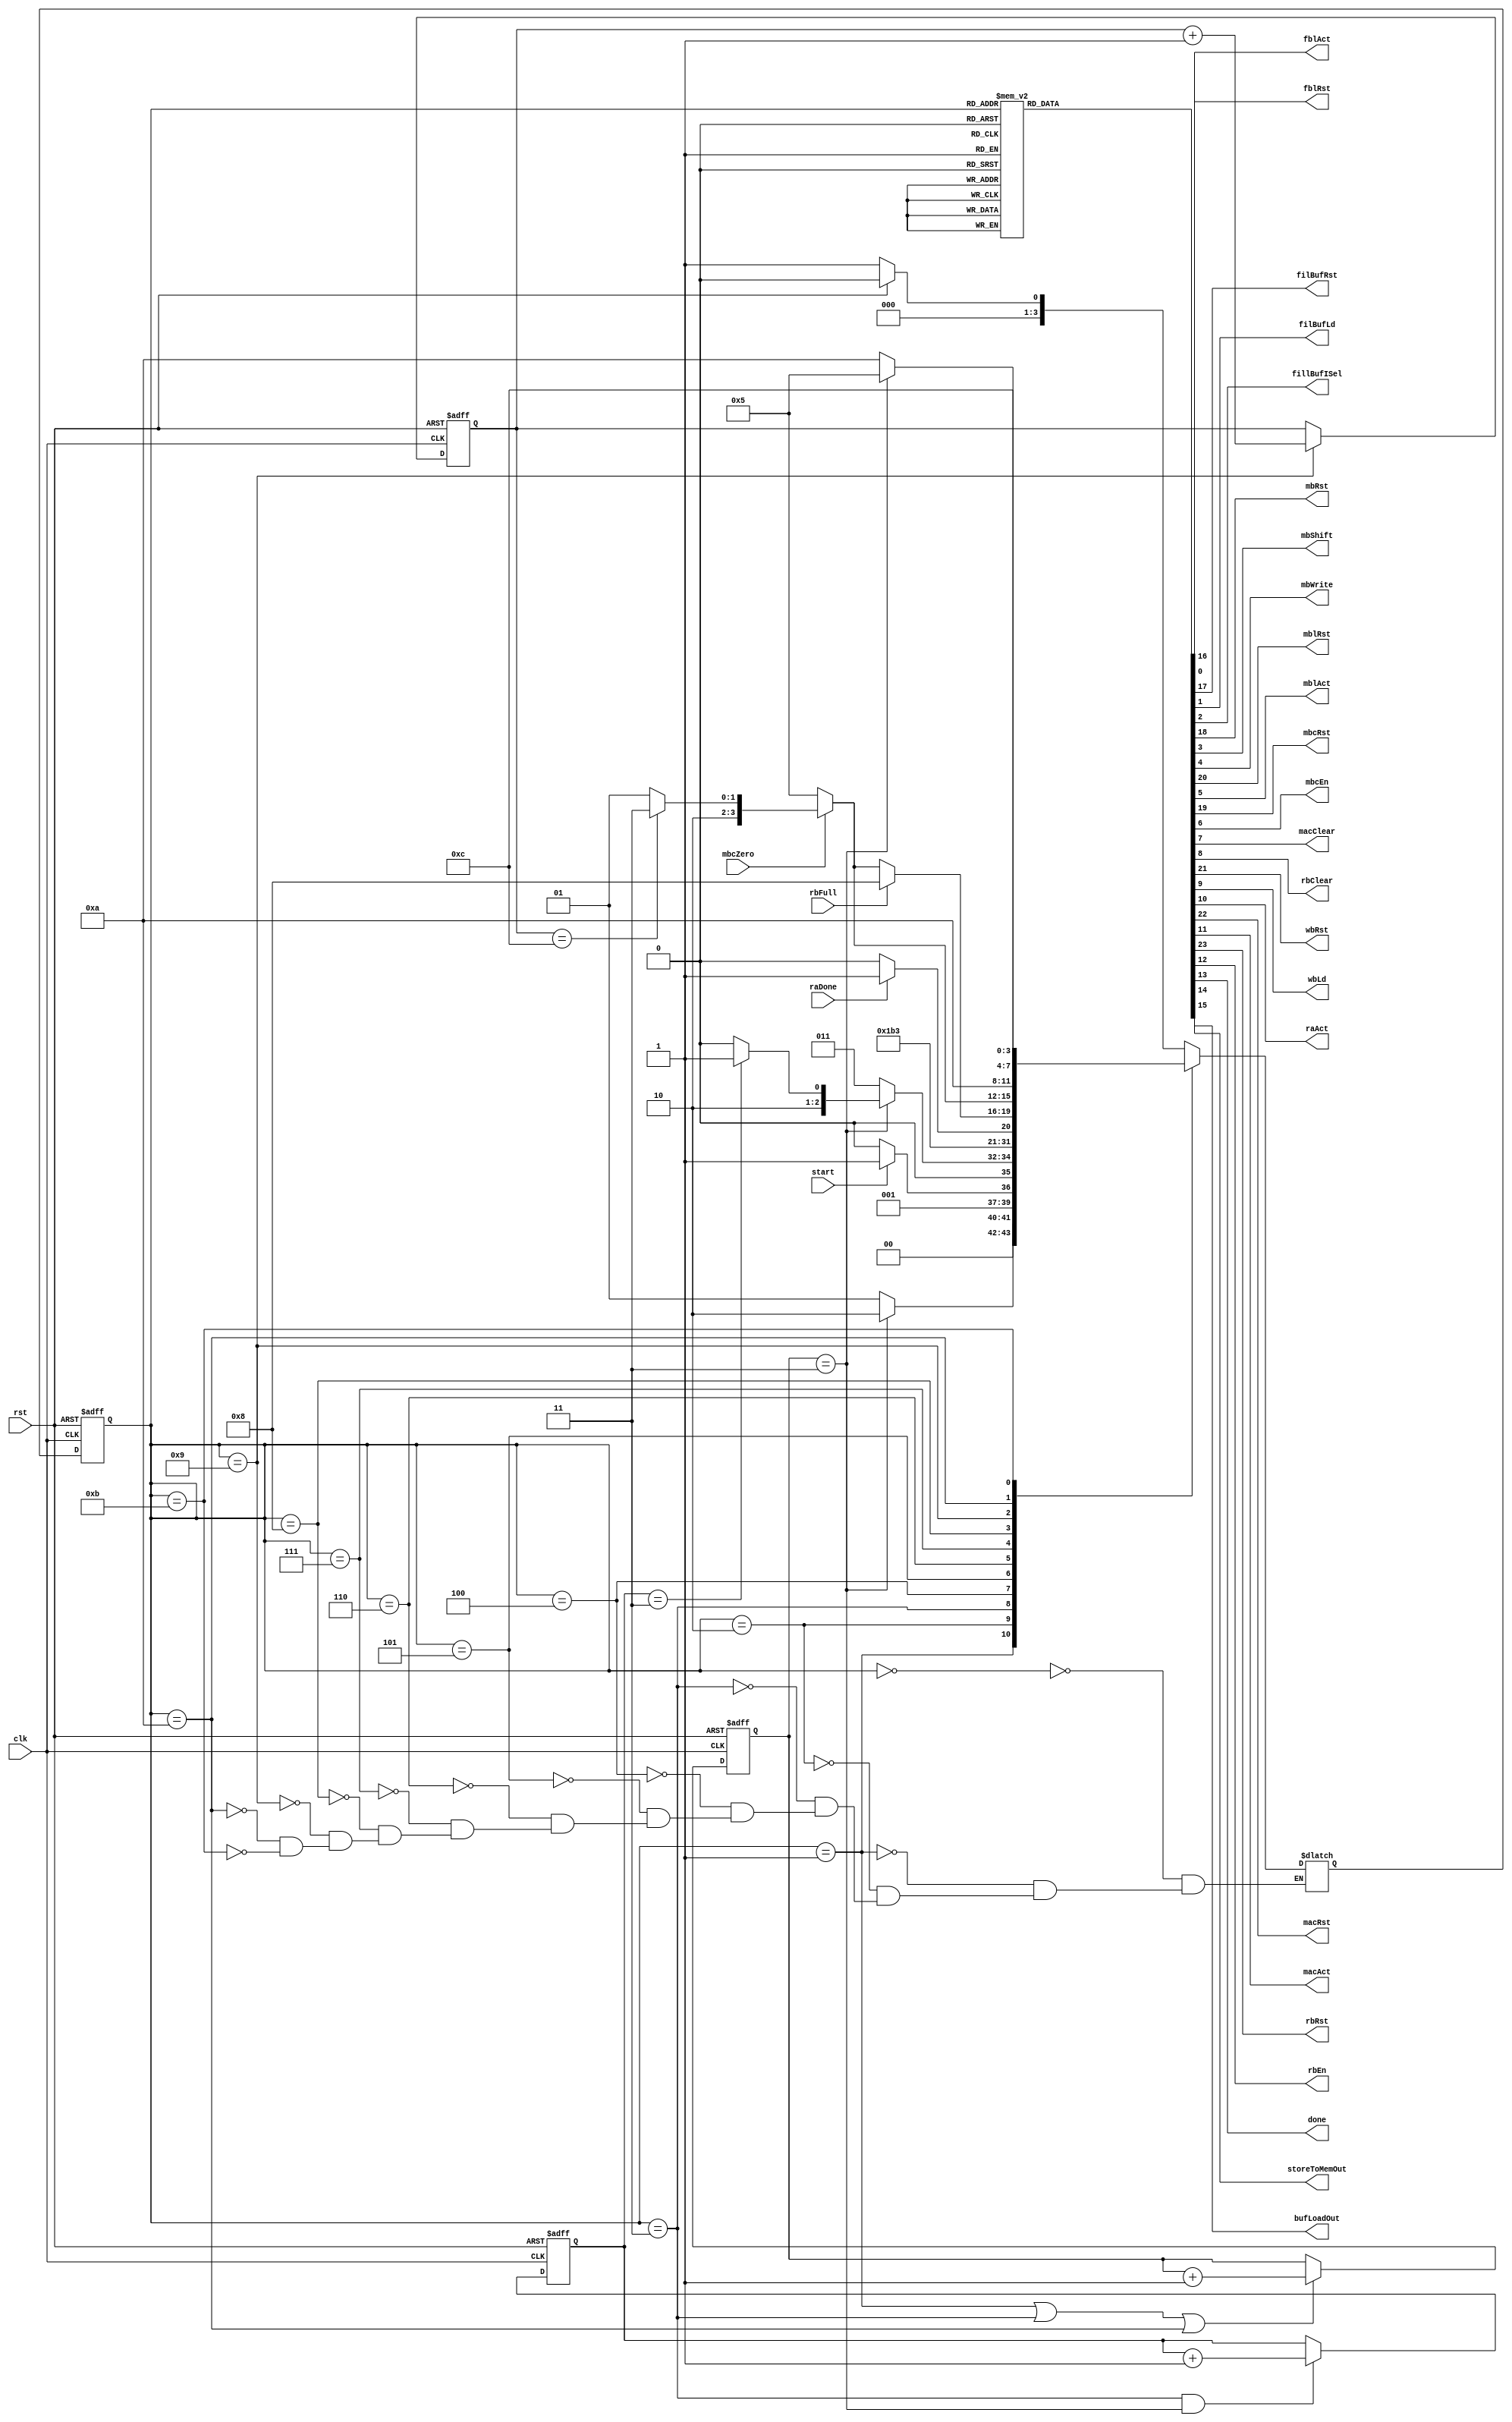
`define IDEL                4'd0
`define LOAD_FILTER         4'd1
`define WAIT                4'd2
`define INITIAL_BUFFER_LOAD 4'd3
`define INITIAL_SHIFT       4'd4
`define WINDOW_LOAD         4'd5 
`define CALC                4'd6
`define STORE_RES_BUF       4'd7
`define STORE_TO_MEM        4'd8
`define SHIFT_UPDATE        4'd9
`define BUFFER_LOAD_UPDATE  4'd10
`define LAST_STORING        4'd11
`define DONE                4'd12

module PE_Controller(
    clk, rst, start, mbcZero, raDone, rbFull,
    fblRst, fblAct, filBufRst, filBufLd, fillBufISel,
    mbRst, mbShift, mbWrite, mblRst, mblAct, mbcRst, mbcEn, macClear, rbClear,
    wbRst, wbLd, raAct, macRst, macAct, rbRst, rbEn, done, storeToMemOut, bufLoadOut
);

    input wire[0:0] clk, rst, start, mbcZero, raDone, rbFull;

    output reg[0:0] fblRst, fblAct, filBufRst, filBufLd, fillBufISel,
                    mbRst, mbShift, mbWrite, mblRst, mblAct, mbcRst, mbcEn, macClear, rbClear,
                    wbRst, wbLd, raAct, macRst, macAct, rbRst, rbEn, done, storeToMemOut, bufLoadOut;

    reg[3:0] ps, ns;
    reg[1:0] buffer_load_cnt, load_cnt;
    reg[3:0] update_cnt;

    always @(posedge clk, posedge rst) begin
        if(rst) begin 
            ps              <= `IDEL; 
            buffer_load_cnt <= 2'b0; 
            update_cnt      <= 4'b0;
            load_cnt        <= 2'b0;
        end
        else begin
            ps              <= ns;
            load_cnt        <= (ps == `LOAD_FILTER || ps == `INITIAL_BUFFER_LOAD || ps == `BUFFER_LOAD_UPDATE) ? load_cnt + 1 : load_cnt;
            buffer_load_cnt <= (ps == `INITIAL_BUFFER_LOAD && load_cnt == 2'd3) ? buffer_load_cnt + 1 : buffer_load_cnt;
            update_cnt      <= (ps == `SHIFT_UPDATE) ? update_cnt + 1 : update_cnt;
        end
    end

    always @(*) begin
        case(ps)
            `IDEL                : ns = (rst) ? `IDEL : `LOAD_FILTER;
            `LOAD_FILTER         : ns = (load_cnt == 2'd3) ? `WAIT : `LOAD_FILTER;
            `WAIT                : ns = (start) ? `INITIAL_BUFFER_LOAD : `WAIT;
            `INITIAL_BUFFER_LOAD : ns = (load_cnt == 2'd3) ? (buffer_load_cnt == 2'd3) ? `WINDOW_LOAD : `INITIAL_SHIFT : `INITIAL_BUFFER_LOAD;
            `INITIAL_SHIFT       : ns = `INITIAL_BUFFER_LOAD;
            `WINDOW_LOAD         : ns = `CALC;
            `CALC                : ns = (raDone) ? `STORE_RES_BUF : `CALC;
            `STORE_RES_BUF       : ns = (rbFull) ? `STORE_TO_MEM : (mbcZero) ? (update_cnt == 4'd12) ? `LAST_STORING : `SHIFT_UPDATE : `WINDOW_LOAD;
            `STORE_TO_MEM        : ns = (mbcZero) ? (update_cnt == 4'd12) ? `LAST_STORING : `SHIFT_UPDATE : `WINDOW_LOAD;
            `SHIFT_UPDATE        : ns = `BUFFER_LOAD_UPDATE;
            `BUFFER_LOAD_UPDATE  : ns = (load_cnt == 2'd3) ? `WINDOW_LOAD : `BUFFER_LOAD_UPDATE;
            `LAST_STORING        : ns = `DONE;
        endcase
    end

    always @(*) begin
        fblRst = 1'b0; fblAct = 1'b0; filBufRst = 1'b0; filBufLd = 1'b0; fillBufISel = 1'b0;
        mbRst = 1'b0; mbShift = 1'b0; mbWrite = 1'b0; mblRst = 1'b0; mblAct = 1'b0; mbcRst = 1'b0; mbcEn = 1'b0; rbClear = 1'b0;
        wbRst = 1'b0; wbLd = 1'b0; raAct = 1'b0; macRst = 1'b0; macAct = 1'b0; rbRst = 1'b0; rbEn = 1'b0; done = 1'b0; macClear = 1'b0;
        storeToMemOut = 1'b0; bufLoadOut = 1'b0;
        case(ps)
            `IDEL : begin
                fblRst    = 1'b1;
                filBufRst = 1'b1;
                mbRst     = 1'b1;
                mbcRst    = 1'b1;
                mblRst    = 1'b1;
                wbRst     = 1'b1;
                macRst    = 1'b1;
                rbRst     = 1'b1;
            end
            `LOAD_FILTER : begin
                fblAct       = 1'b1;
                filBufLd     = 1'b1;
                fillBufISel  = 1'b1;
            end
            `INITIAL_BUFFER_LOAD : begin
                bufLoadOut   = 1'b1;
                mbWrite      = 1'b1;
                mblAct       = 1'b1;
            end
            `INITIAL_SHIFT : begin
                mbShift = 1'b1;
            end
            `WINDOW_LOAD : begin
                wbLd  = 1'b1;
                mbcEn = 1'b1;
            end
            `CALC : begin
                raAct  = 1'b1;
                macAct = 1'b1;
            end
            `STORE_RES_BUF : begin
                rbEn     = 1'b1;
                macClear = 1'b1;
            end
            `STORE_TO_MEM : begin
                storeToMemOut = 1'b1;
                rbClear       = 1'b1;
            end
            `SHIFT_UPDATE : begin
                mbShift = 1'b1;
            end
            `BUFFER_LOAD_UPDATE : begin
                bufLoadOut = 1'b1;
                mbWrite    = 1'b1;
                mblAct     = 1'b1;
            end
            `LAST_STORING : begin
                storeToMemOut = 1'b1;
            end
            `DONE : begin
                done = 1'b1;
            end
        endcase
    end

endmodule